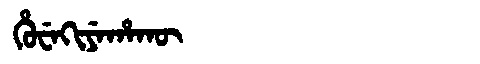
Manchu: ᡥᡠᠸᡝᡴᡳᠶᡝᡥᠠᡴᡡ
Romanization: HUWEKIYEHAKŪ